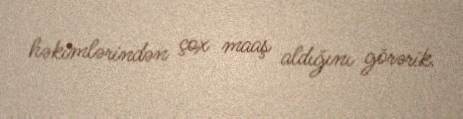
həkimlərindən çox maaş aldığını görərik.